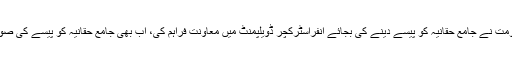
وزیراعلیٰ پرویز خٹک نے کہا کہ صوبائی حکومت نے جامع حقانیہ کو پیسے دینے کی بجائے انفراسٹرکچر ڈویلپمنٹ میں معاونت فراہم کی، اب بھی جامع حقانیہ کو پیسے کی صورت میں معاونت فراہم کرنے کا ارادہ نہیں ہے۔